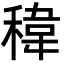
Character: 稦